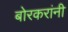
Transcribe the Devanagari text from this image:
बोरकरांनी